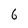
Character: 6